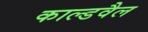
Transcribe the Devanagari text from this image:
काल्डवैल